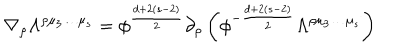
LaTeX: \nabla _ { \rho } \Lambda ^ { \rho \mu _ { 3 } \ldots \mu _ { s } } = \phi ^ { \frac { d + 2 ( s - 2 ) } { 2 } } \partial _ { \rho } \left( \phi ^ { - { \frac { d + 2 ( s - 2 ) } { 2 } } } \Lambda ^ { \rho \mu _ { 3 } \ldots \mu _ { s } } \right)